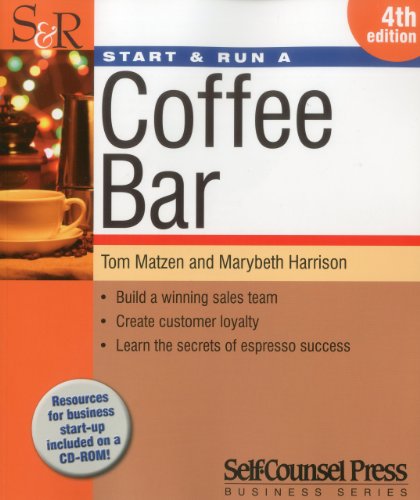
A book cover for Start & Run A Coffee Bar (Start and Run A); Tom Matzen; Cookbooks, Food & Wine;